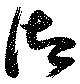
御